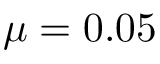
\mu = 0 . 0 5